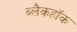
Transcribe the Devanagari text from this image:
ब्लैकहॉक